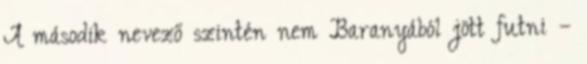
A második nevező szintén nem Baranyából jött futni –